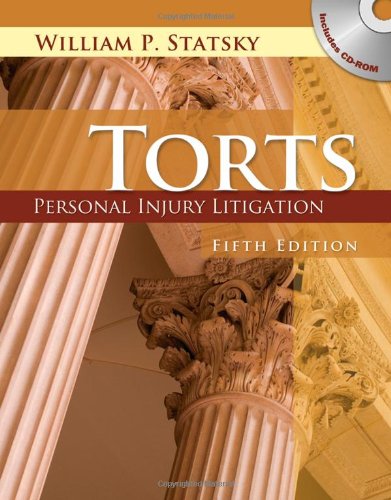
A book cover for Torts: Personal Injury Litigation; William P. Statsky; Law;